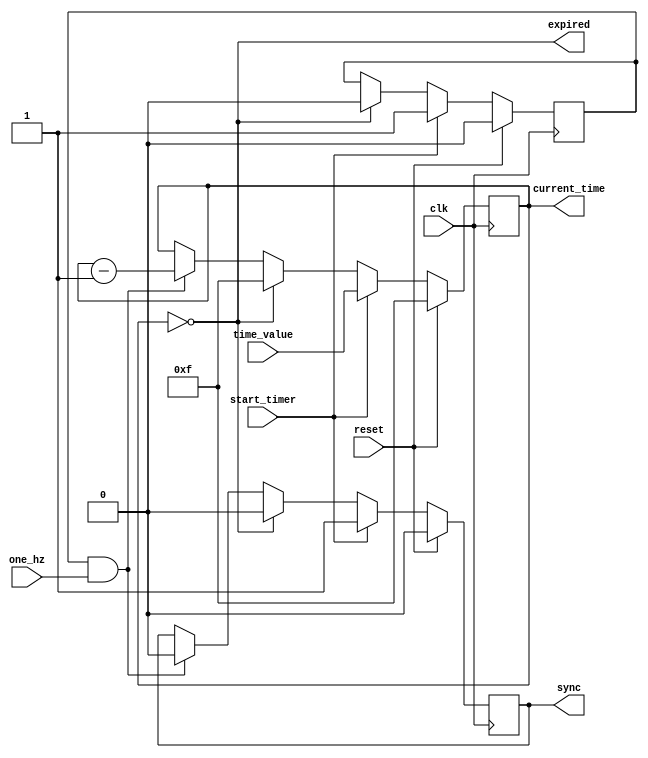
`timescale 1ns / 1ps
//////////////////////////////////////////////////////////////////////////////////
// Company: 
// Engineer: 
// 
// Design Name: 
// Module Name:    timer 
// Project Name: 
// Target Devices: 
// Tool versions: 
// Description: 
//
// Dependencies: 
//
// Revision: 
// Revision 0.01 - File Created
// Additional Comments: 
//
//////////////////////////////////////////////////////////////////////////////////
`define DEFAULT_TIME 4'b1111
module timer(
    input one_hz,
    input start_timer,
    input [3:0] time_value,
    input clk,
    input reset,
    output reg sync,
    output expired,
    output reg [3:0] current_time
    );

	reg is_running;
	
	initial begin
		current_time = `DEFAULT_TIME;
		is_running = 0;
		sync = 0;
	end
	
	assign expired = (current_time == 0);
	
	always @(posedge clk) begin
		if (reset) begin
			current_time <= `DEFAULT_TIME;
			is_running <= 0;
			sync <= 0;
		end
		else if (start_timer) begin
			current_time <= time_value;
			sync <= 1;
			is_running <= 1;
		end
		else if (current_time == 0) begin
			current_time <= `DEFAULT_TIME;
			is_running <= 0;
			sync <= 0;
		end
		else if (is_running && one_hz) begin
			sync <= 0;
			current_time <= current_time - 1;
		end
	end
endmodule